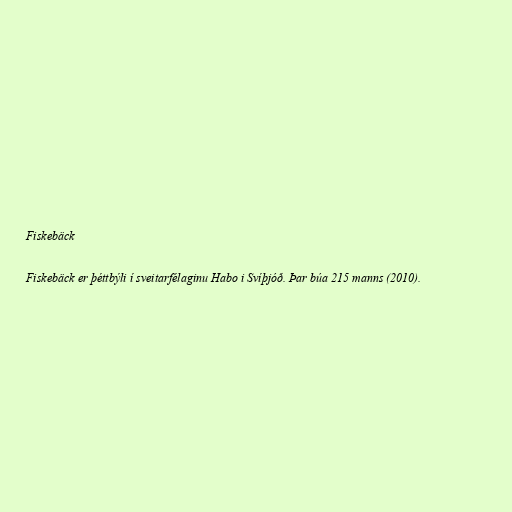
Fiskebäck

Fiskebäck er þéttbýli í sveitarfélaginu Habo i Svíþjóð. Þar búa 215 manns (2010).